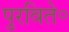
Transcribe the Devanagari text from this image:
पुरविते॰